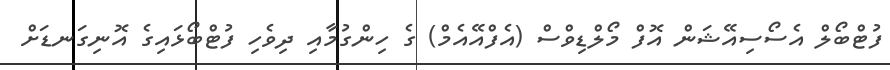
ފުޓްބޯލް އެެސޯސިއޭޝަން އޮފް މޯލްޑިވްސް (އެފްްއޭއެމް) ގެ ހިންގުމާއި ދިވެހި ފުޓްބޯޅައިގެ އޮނިގަނޑަށް